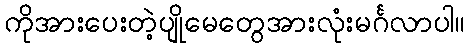
ကိုအားပေးတဲ့ပျိုမေတွေအားလုံးမင်္ဂလာပါ။